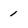
Character: 1